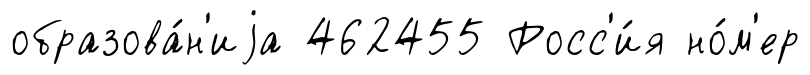
образова́н'иjа 462455 Росс'и́я но́м'ер